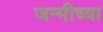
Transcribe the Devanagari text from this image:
जन्मीच्या